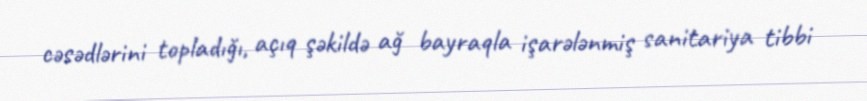
cəsədlərini topladığı, açıq şəkildə ağ bayraqla işarələnmiş sanitariya tibbi